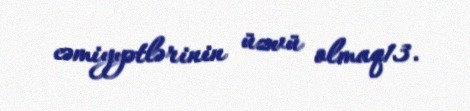
cəmiyyətlərinin üzvü olmaq13.